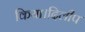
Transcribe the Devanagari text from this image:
किया।दिलीप